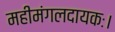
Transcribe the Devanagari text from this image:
महीमंगलदायकः।